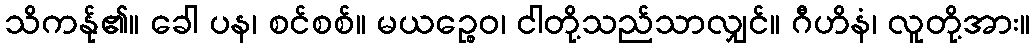
သိကန်ု၏။ ခေါ ပန၊ စင်စစ်။ မယဉ္စေဝ၊ ငါတို့သည်သာလျှင်။ ဂီဟိနံ၊ လူတို့အား။